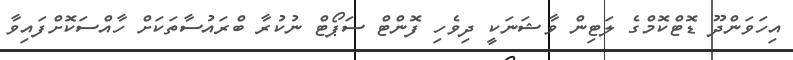
އިހަވަންދޫ ޑޮޓްކޮމްގެ ލަޓިން ވާޝަނަކީ ދިވެހި ފޮންޓް ސަޕޯޓް ނުކުރާ ބްރައުސާތަކަށް ހާއްސަކޮށްފައިވާ